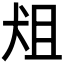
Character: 𰡈